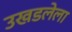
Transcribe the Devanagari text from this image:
उखडलेला